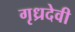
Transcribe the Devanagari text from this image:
गृध्रदेवी